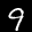
Label: 9